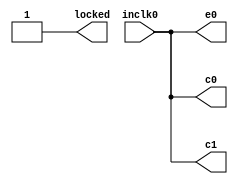
module pll1(input wire inclk0,
            output wire c0,
            output wire c1,
            output wire locked,
            output wire e0);
   
   assign          c0 = inclk0;
   assign          c1 = inclk0;
   assign          locked = 1;
   assign          e0 = inclk0;
endmodule